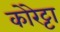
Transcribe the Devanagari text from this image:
कोरेट्टा